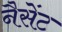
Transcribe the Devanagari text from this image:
नैसेंट